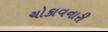
ચોકાવનારી